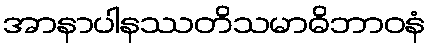
အာနာပါနဿတိသမာဓိဘာဝနံ